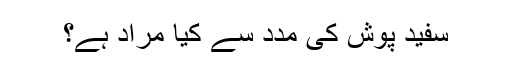
سفید پوش کی مدد سے کیا مراد ہے؟